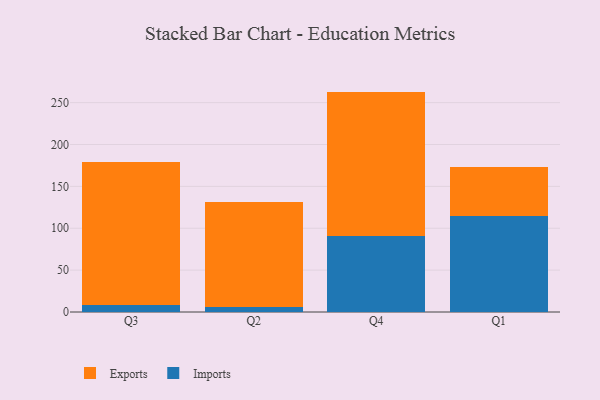
{"axis": {"x": "Quarter", "y": "Net Income (USD K)"}, "legend": ["Exports", "Imports"], "data": [{"x": "Q3", "y": 8.1, "type": "Imports"}, {"x": "Q3", "y": 171.4, "type": "Exports"}, {"x": "Q2", "y": 5.5, "type": "Imports"}, {"x": "Q2", "y": 125.5, "type": "Exports"}, {"x": "Q4", "y": 91.2, "type": "Imports"}, {"x": "Q4", "y": 172.0, "type": "Exports"}, {"x": "Q1", "y": 114.7, "type": "Imports"}, {"x": "Q1", "y": 58.0, "type": "Exports"}]}